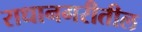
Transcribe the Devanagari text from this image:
राधानगरीतील